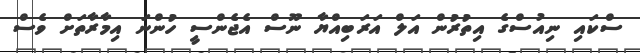
ސްކައި ނިއުސްގެ އިތުރުން އަލް އަރަބިއްޔާ ނޫސް އެޖެންސީ ހުންނަ އިމާރާތަށް ވެސް